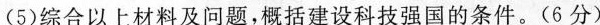
(5)综合以上材料及问题，概括建设科技强国的条件。（6分）